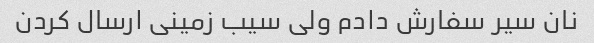
نان سیر سفارش دادم ولی سیب زمینی ارسال کردن